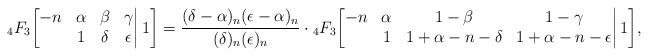
LaTeX: \begin{align*}{}_4F_3\bigg[\begin{matrix}-n&\alpha&\beta&\gamma\\&1&\delta&\epsilon\end{matrix}\bigg|\,1\bigg]=\frac{(\delta-\alpha)_n(\epsilon-\alpha)_n}{(\delta)_n(\epsilon)_n}\cdot{}_4F_3\bigg[\begin{matrix}-n&\alpha&1-\beta&1-\gamma\\&1&1+\alpha-n-\delta&1+\alpha-n-\epsilon\end{matrix}\bigg|\,1\bigg],\end{align*}